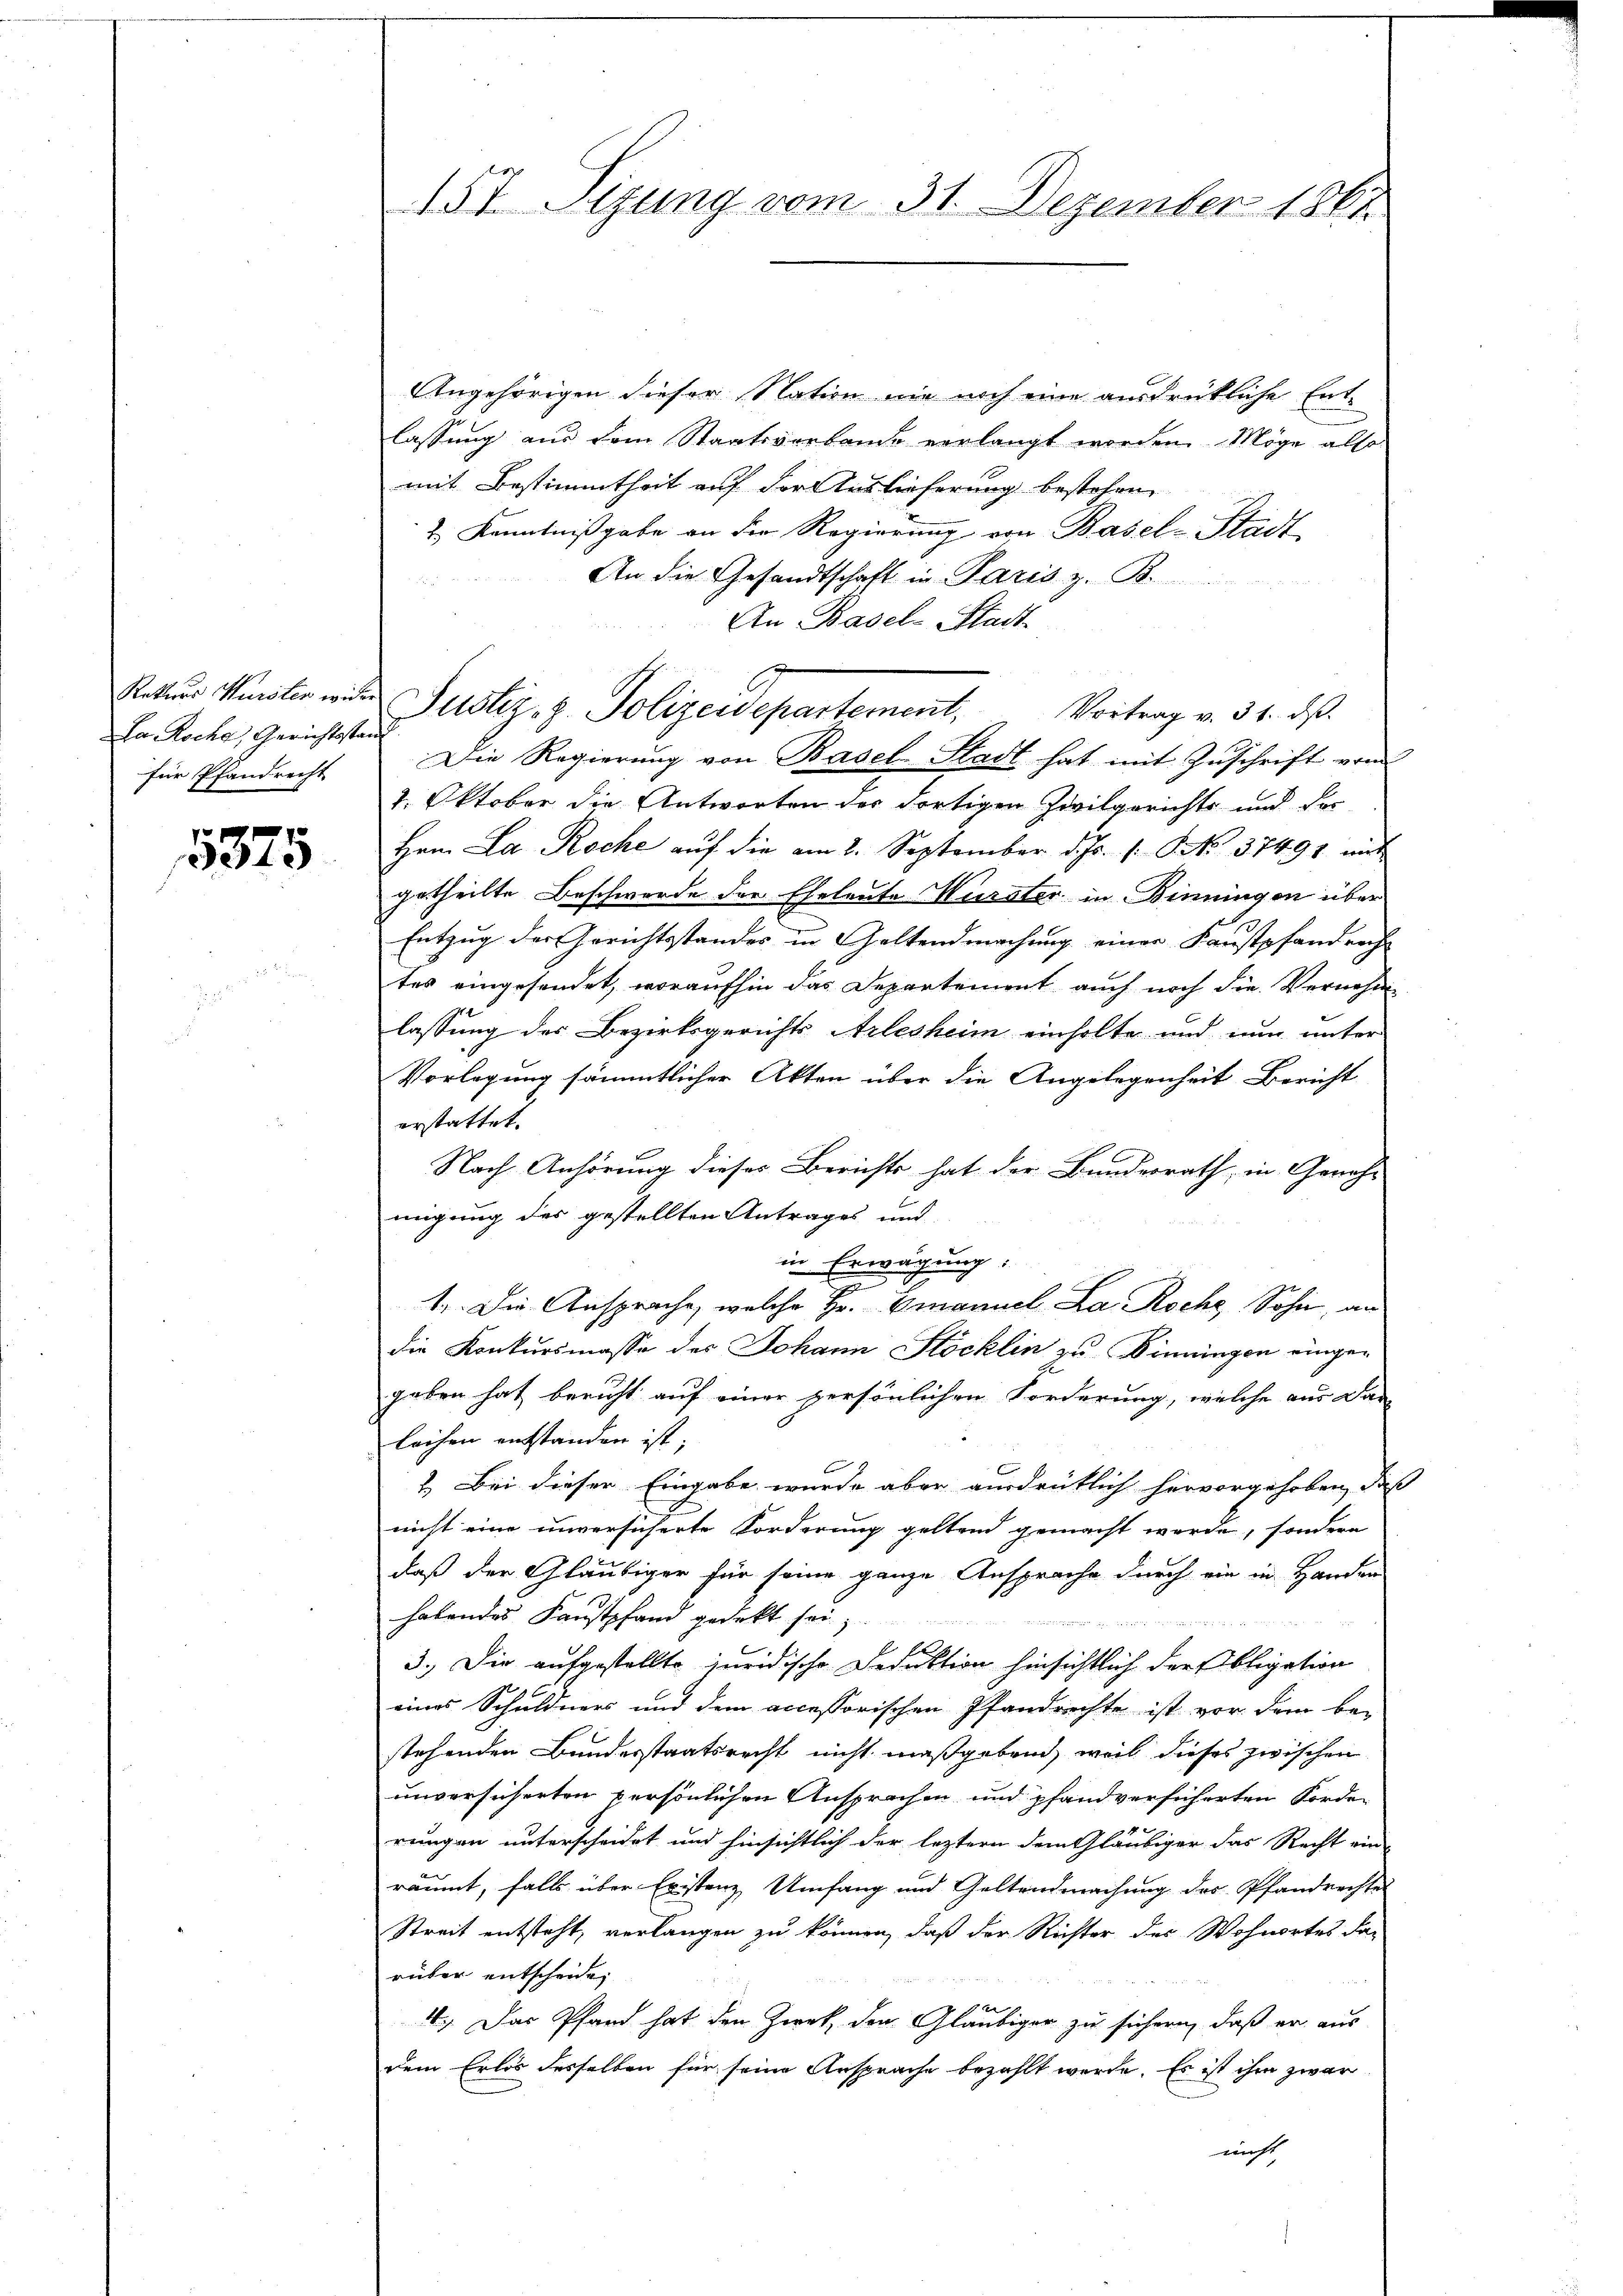
Rekurs Wurster wide
La Roche Gerichtstand
für Pfandrecht

5375

157 Sizung vom 31. Dezember 1861.

Angehörigen dieser Nation nie noch eine ausdrükliche Entlassung aus dem Staatsverbande verlangt worden. Möge also
mit Bestimmtheit auf der Auslieferung bestehen,
2) Kenntnißgabe an der Regierung von Basel-Stadt
An die Gesandtschaft in Paris z. B.
An Basel-Stadt.
Justiz- & Polizeidepartement. Vortrag v. 31. ds.
Die Regierung von Basel-Stadt hat mit Zuschrift vom
1. Oktober die Antworten der dortigen Zivilgerichts und der
Hrn. La Roche auf die am 2. September d. Js. 1. Frk. 37491 mit
getheilte Beschwerde der Eheleute Wurster in Binningen über
Entzug der Gerichtsstander in Geltendmachung einer Kaustpfandreche
tes eingesendet, woraufhin das Departement auch noch die Vernehme
lassung der Bezirksgerichts Arlesheim einholte und nun unter
Vorlegung sämmtlicher Akten über die Angelegenheit Bericht
erstattet.
Nach Anhörung dieses Berichts hat der Bundesrath, in Geneh-
migung des gestellten Antrages und
in Erwägung:
2
1. Die Ansprache, welche Hr. Emanuel La Roche, Sohn, an
die Konkursmasse des Johann Stöcklin zu Sinningen eingegeben hat beruht auf einer persönlichen Forderung, welche aus Dan
löchen entstanden ist,
2. Bei dieser Eingabe wurde aber ausdrüklich hervorgehoben, daß
nicht eine unversicherte Forderung geltend gemacht werde, sondern
daß der Gläubiger für seine ganze Ansprache durch ein in Handen
habendes Kaustpfand gedeckt sei;

.
3.) Die aufgestellte juridische Deduktion hinsichtlich der Obligation
eines Schuldners und dem accessorischen Pfandrechte ist vor dem be-
stehenden Bundesstaatsrecht nicht maßgebend, weil dieses zwischen
unversicherten persönlichen Ansprachen und pfandversicherten Forder
rungen unterscheidet und hinsichtlich der leztern dem Gläubiger das Recht ein-
räumt, falls über Existenz Umfang und Geltendmachung des Pfandrechte
Streit entsteht, verlangen zu können, daß der Richter des Wohnortes da-
rüber entscheide,

2r Kl
E
4. Das Pfand hat den Zweck, den Gläubiger zu sichern, daß er aus
dem Erlös desselben für seine Ansprache bezahlt werde. Es ist ihm zwar
nicht